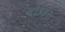
ચૉકકસ